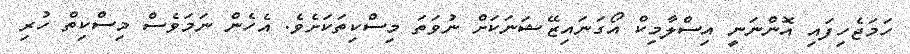
ހަމަޖެހިފައި އޮންނަނީ އިސްލާމިކް އޯގަނައިޒޭޝަނަކަށް ނުވަތަ މިސްކިތަކަށެވެ. އެހެން ނަމަވެސް މިސްކިތް ހުރި